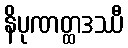
နိပုဏတ္ထဒဿီ